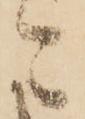
ニ